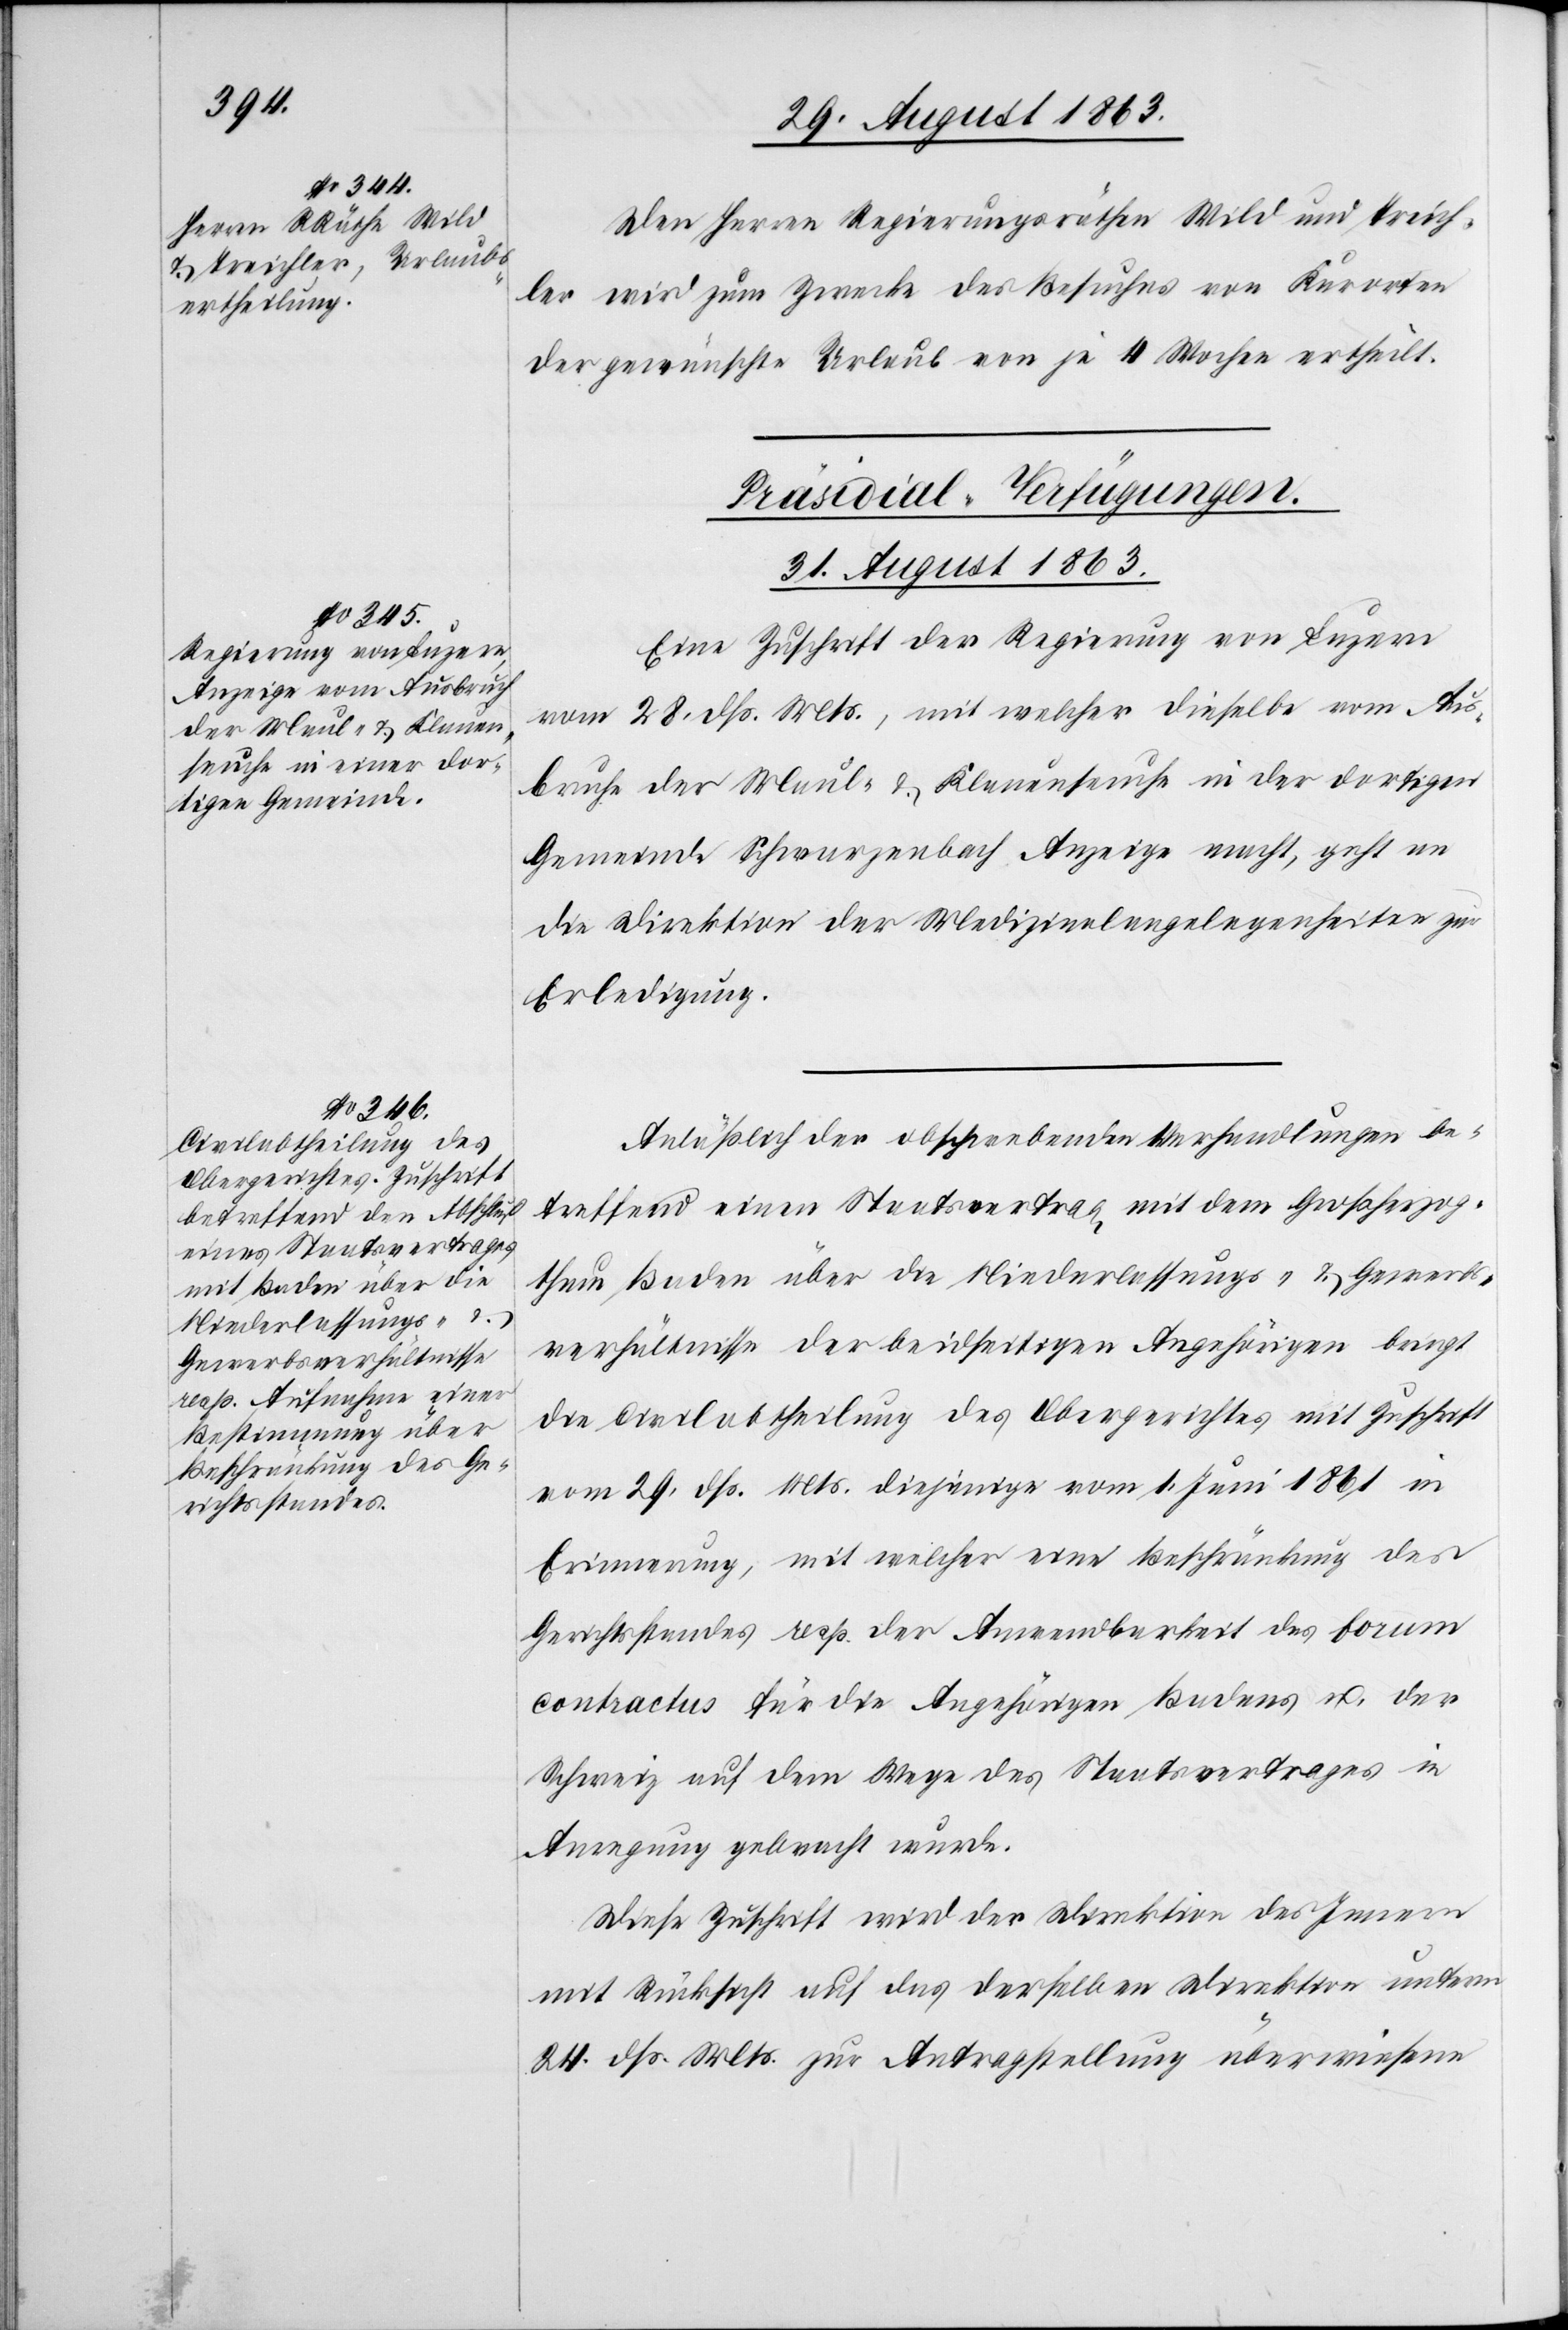
Den Herren Regierungsräthen Wild und Treich¬
ler wird zum Zwecke des Besuches von Kurorten
der gewünschte Urlaub von je 4 Wochen ertheilt.
[Präsidial-Verfügungen.
31. August 1863.]
Eine Zuschrift der Regierung von Luzern
vom 28. dß. Mts., mit welcher dieselbe vom Aus¬
bruche der Maul- & Klauenseuche in der dortigen
Gemeinde Schwarzenbach Anzeige macht, geht an
die Direktion der Medizinalangelegenheiten zur
Erledigung.
Anläßlich der obschwebenden Verhandlungen be¬
treffend einen Staatsvertrag mit dem Großherzog¬
thum Baden über die Niederlassungs- & Gewerbs¬
verhältnisse der beidseitigen Angehörigen bringt
die Civilabtheilung des Obergerichtes mit Zuschrift
vom 29. dß. Mts. diejenige vom 1. Juni 1861 in
Erinnerung, mit welcher eine Beschränkung des
Gerichtsstandes resp. der Anwendbarkeit des Forum
contractus für die Angehörigen Badens u. der
Schweiz auf dem Wege des Staatsvertrages in
Anregung gebracht wurde.
Diese Zuschrift wird der Direktion des Innern
mit Rücksicht auf das derselben Direktion unterm
24. dß. Mts. zur Antragstellung überwiesene